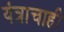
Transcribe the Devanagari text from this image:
यंत्राचाही